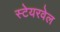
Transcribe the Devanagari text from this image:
स्टेयरवेल